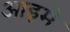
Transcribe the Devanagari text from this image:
आइमे